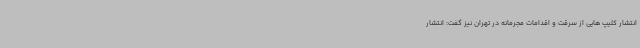
انتشار کلیپ هایی از سرقت و اقدامات مجرمانه در تهران نیز گفت: انتشار